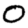
Digit: 0